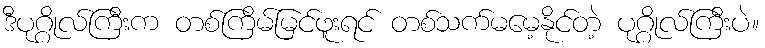
ဒီပုဂ္ဂိုလ်ကြီးက တစ်ကြိမ်မြင်ဖူးရင် တစ်သက်မမေ့နိုင်တဲ့ ပုဂ္ဂိုလ်ကြီးပဲ။